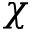
\chi